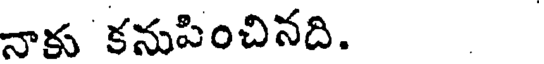
నాకు కనుపించినది.